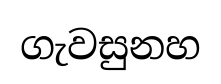
ගැවසුනහ